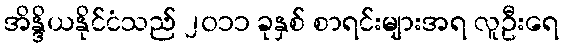
အိန္ဒိယနိုင်ငံသည် ၂၀၁၁ ခုနှစ် စာရင်းများအရ လူဦးရေ